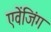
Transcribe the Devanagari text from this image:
एवेंजिंग